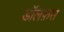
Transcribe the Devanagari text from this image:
डॉलफ़स